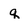
Character: q